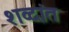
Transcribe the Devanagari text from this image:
शव्दांत